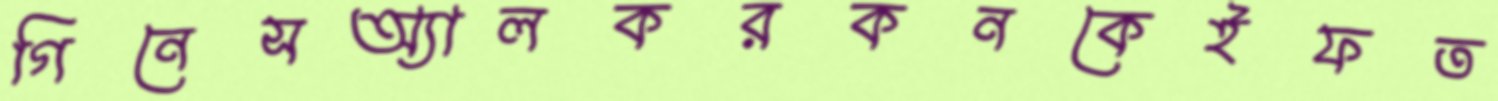
গিনেসঅ্যালকরকনকেইফত